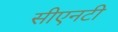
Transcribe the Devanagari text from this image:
सीएनटी